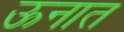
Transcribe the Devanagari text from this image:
ऊनात